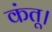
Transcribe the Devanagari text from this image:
कंतू।